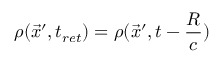
\rho ( \vec { x } ^ { \prime } , t _ { r e t } ) = \rho ( \vec { x } ^ { \prime } , t - \frac { R } { c } )